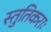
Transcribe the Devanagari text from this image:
स्तुतिकराः